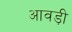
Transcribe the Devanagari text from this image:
आवड़ी